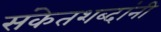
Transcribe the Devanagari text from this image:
संकेतशब्दांनी